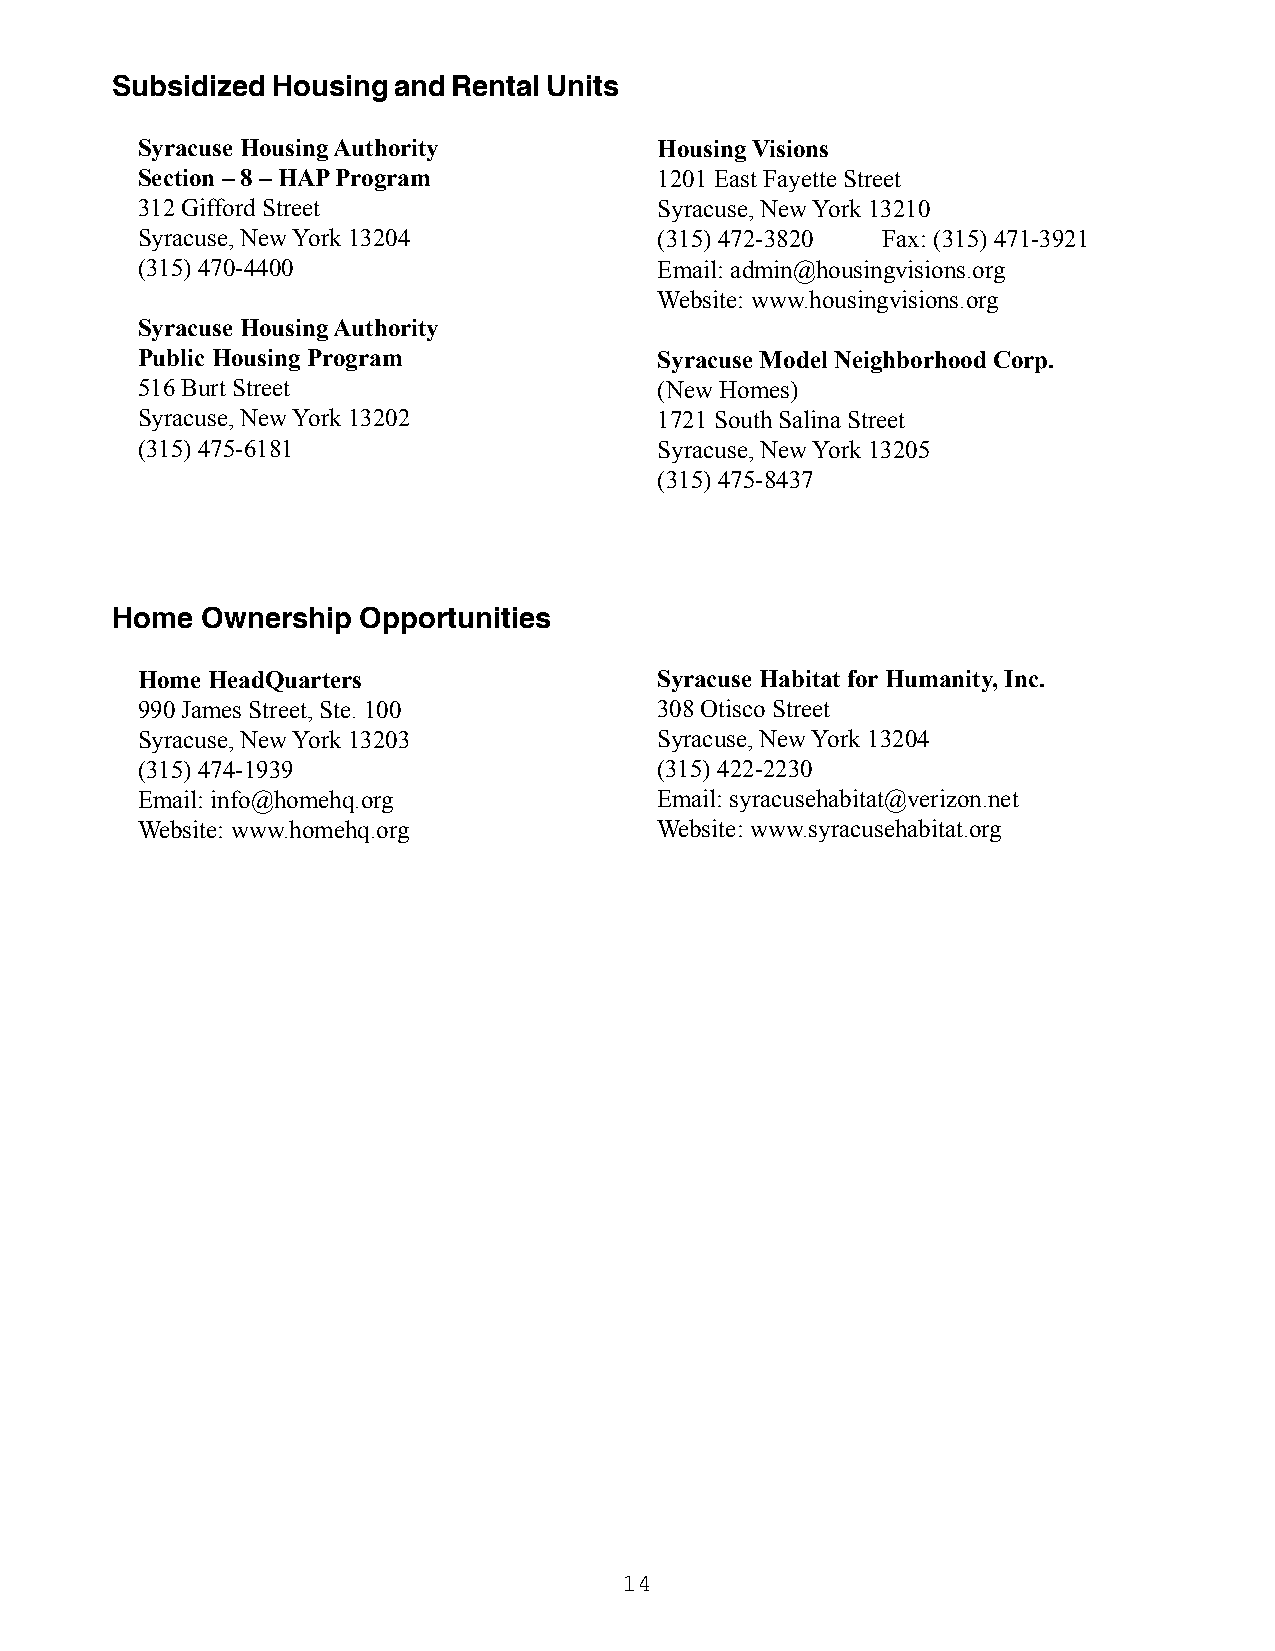
Subsidized Housing and Rental Units
 Syracuse Housing Authority         Housing Visions
 Section – 8 – HAP Program          1201 East Fayette Street
 312 Gifford Street                 Syracuse, New York 13210
 Syracuse, New York 13204           (315) 472-3820 Fax: (315) 471-3921
 (315) 470-4400                     Email: admin@housingvisions.org
 Website: www.housingvisions.org
 Syracuse Housing Authority
 Public Housing Program             Syracuse Model Neighborhood Corp.
 516 Burt Street                    (New Homes)
 Syracuse, New York 13202           1721 South Salina Street
 (315) 475-6181                     Syracuse, New York 13205
 (315) 475-8437
 Home  Ownership  Opportunities
 Home HeadQuarters                 Syracuse Habitat for Humanity, Inc.
 990 James Street, Ste. 100        308 Otisco Street
 Syracuse, New York 13203          Syracuse, New York 13204
 (315) 474-1939                    (315) 422-2230
 Email: info@homehq.org            Email: syracusehabitat@verizon.net
 Website: www.homehq.org           Website: www.syracusehabitat.org
 14